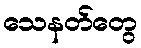
သေနတ်တွေ